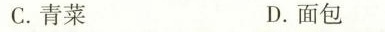
C.青菜 D.面包